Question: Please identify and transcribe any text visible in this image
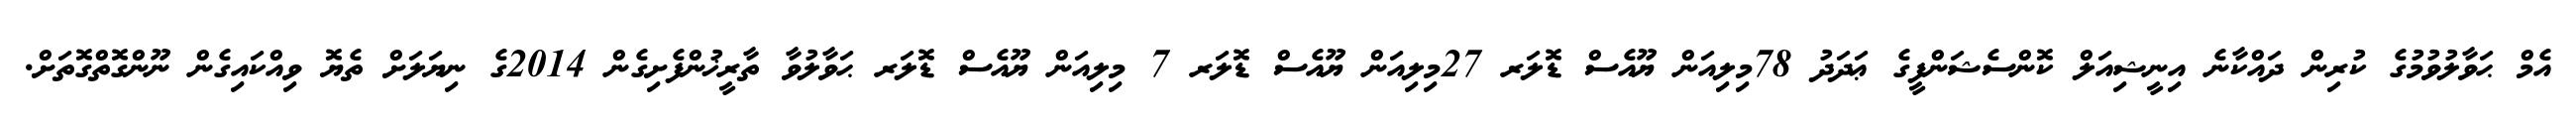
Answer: އެމް ޙަވާލުވުމުގެ ކުރިން ދައްކާނެ އިނީޝިއަލް ކޮންސެޝަންފީގެ ޢަދަދު 78މިލިއަން ޔޫއެސް ޑޮލަރ 27މިލިއަން ޔޫއެސް ޑޮލަރ 7 މިލިއަން ޔޫއެސް ޑޮލަރ ޙަވާލުވާ ތާރީޚުންފެށިގެން 2014ގެ ނިޔަލަށް ތެޔޮ ވިއްކައިގެން ނޫންގޮތްގޮތަށް.